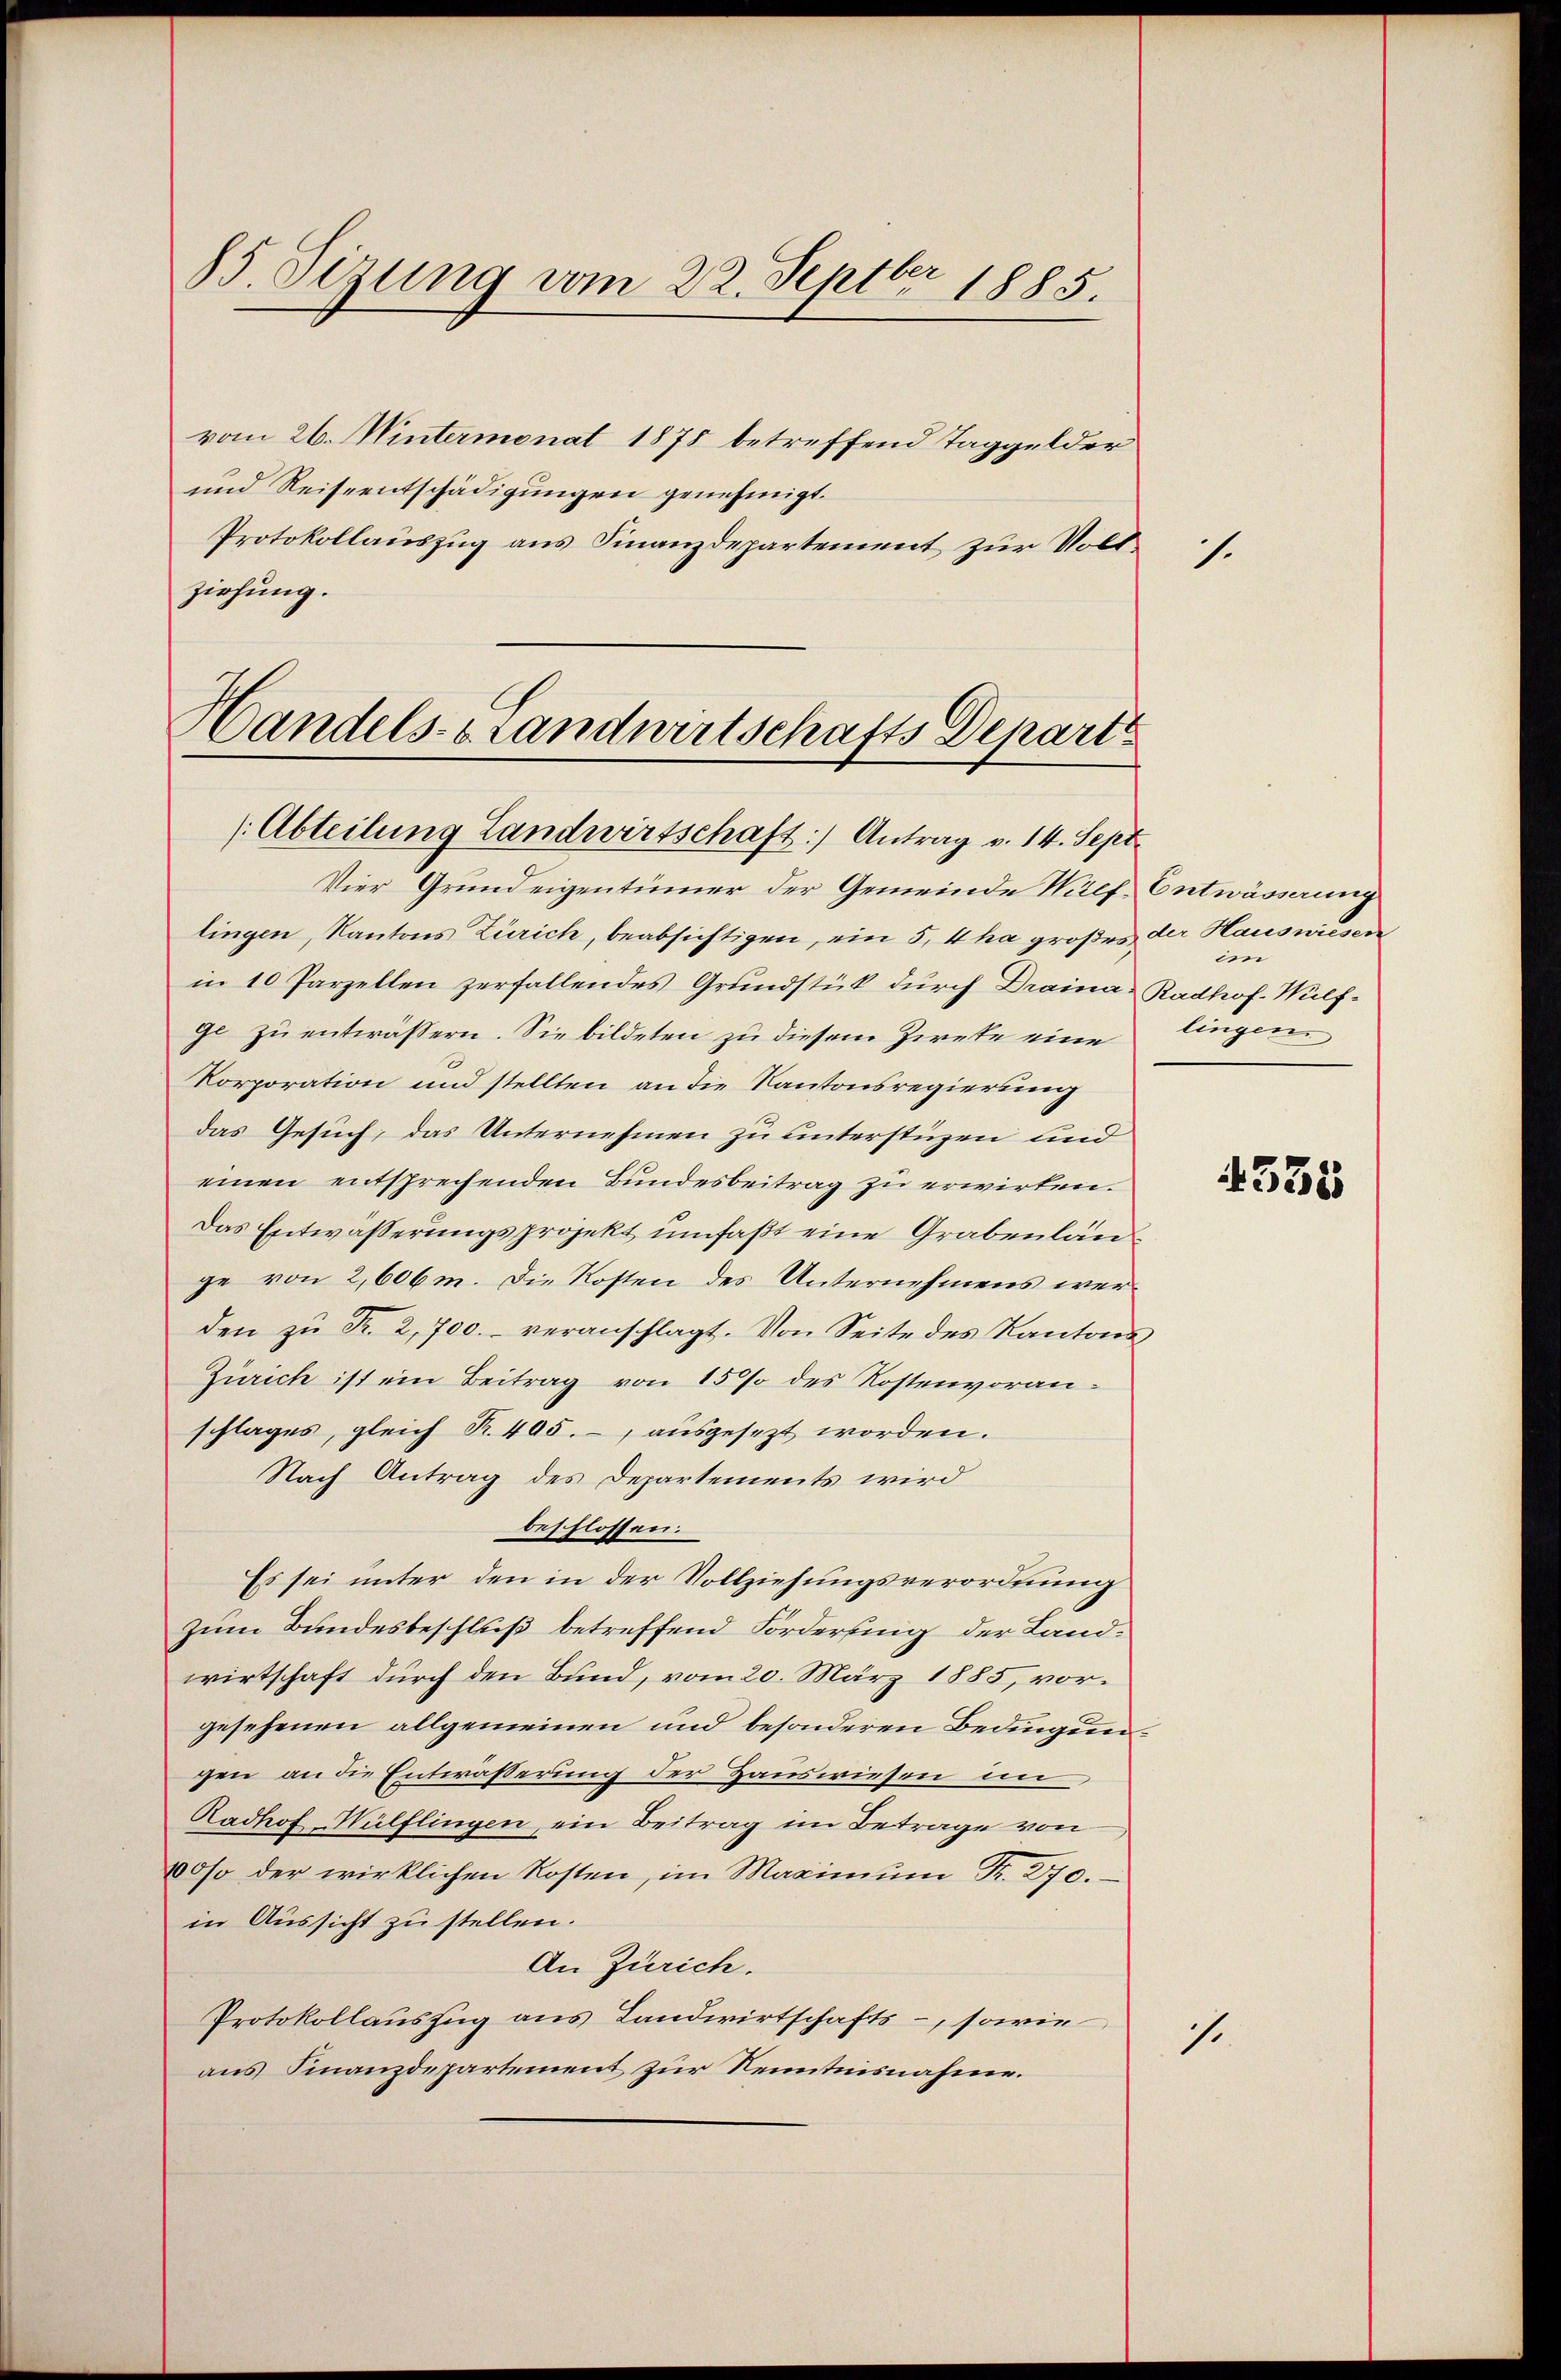
85. Sizung vom 22. Septbr 1885.

vom 26. Wintermonat 1878 betreffend Taggelder
und Reiseentschädigungen genehmigt.
Protokollauszug aus Finanzdepartement zur Vollziehung.

Handels- & Landwirtschafts Depart
/Abteilung Landwirtschaft) Antrag v. 14. Sept.

Vier Grundeigentümer der Gemeinde Wülf-Entwässerung
lingen, Kantons Zürich, beabsichtigen, ein 5, 4 ha großes der Hauswiesen
in 10 Parzellen zerfallendes Grundstück durch Draina Radhof. Wülfge zu entwässern. Sie bildeten zu diesem Zieke eine
Korporation und stellten an die Kantonsregierung
das Gesuch, das Unternehmen zu unterstüzen und
einen entsprechenden Bundesbeitrag zu erwirten.
Das Entwässerungsprojekt umfaßt eine Grabenlän
ge von 2,606m. Die Kosten des Unternehmens werden zŭ Fr. 2,700.- veranschlagt. Von Seite des Kantons
Zürich ist ein Beitrag von 15% des Kostenvoranschlages, gleich R. 495. -, ausgesezt worden.
Nach Antrag des Departements wird
beschlossen:
Es sei unter den in der Vollziehungsverordnung
Zum Bundesbeschluß betreffend Forderung der Landwirtschaft durch den Bund, vom 20. März 1885, vorgesehenen allgemeinen und besonderen Bedingungen an die Entwässerung der Hauswiesen im
Radhof Nülflingen, ein Beitrag im Betrage von
00so der wirklichen Kosten, im Maximŭm Fr. 270.
in Aussicht zu stellen.
An Zürich.
Protokollauszug aus Landwirtschafts-, sowie
aus Finanzdepartement zur Kenntnisnahme.

1.

i
lingen

.

4558